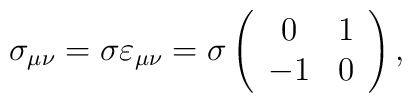
\sigma_{\mu\nu}=\sigma \varepsilon_{\mu\nu}=\sigma\left( \begin{array}{cc} 0&1\\-1&0\end{array}\right),